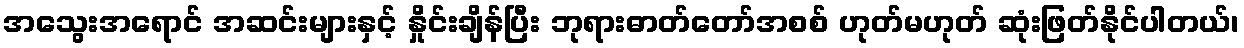
အသွေးအရောင် အဆင်းများနှင့် နှိုင်းချိန်ပြီး ဘုရားဓာတ်တော်အစစ် ဟုတ်မဟုတ် ဆုံးဖြတ်နိုင်ပါတယ်၊